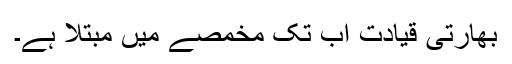
بھارتی قیادت اب تک مخمصے میں مبتلا ہے۔